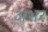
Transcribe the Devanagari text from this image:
अभर